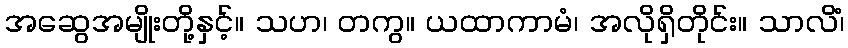
အဆွေအမျိုးတို့နှင့်။ သဟ၊ တကွ။ ယထာကာမံ၊ အလိုရှိတိုင်း။ သာလိံ၊